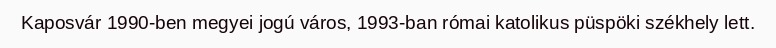
Kaposvár 1990-ben megyei jogú város, 1993-ban római katolikus püspöki székhely lett.